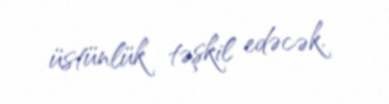
üstünlük təşkil edəcək.